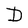
Character: D